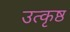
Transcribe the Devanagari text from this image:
उत्‍कृष्ठ